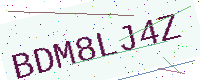
Text: BDM8LJ4Z